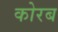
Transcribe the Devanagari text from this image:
कोरब